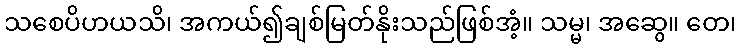
သစေပိဟယသိ၊ အကယ်၍ချစ်မြတ်နိုးသည်ဖြစ်အံ့။ သမ္မ၊ အဆွေ။ တေ၊